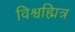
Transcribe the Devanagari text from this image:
विश्वह्मित्र